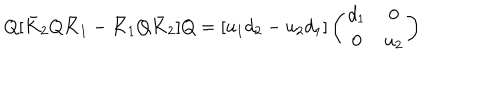
LaTeX: Q [ \bar { K } _ { 2 } Q \bar { K } _ { 1 } - \bar { K } _ { 1 } Q \bar { K } _ { 2 } ] Q = [ u _ { 1 } d _ { 2 } - u _ { 2 } d _ { 1 } ] \left( \begin{array} { c c } { { d _ { 1 } } } & { { 0 } } \\ { { 0 } } & { { u _ { 2 } } } \\ \end{array} \right)